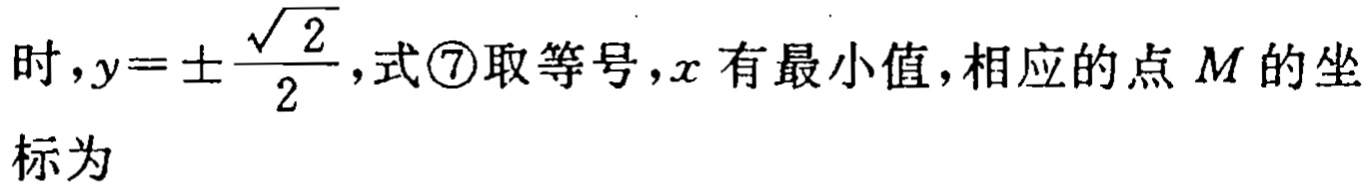
时,$y = \pm\frac{\sqrt{2}}{2}$,式\textcircled{7}取等号,$x$ 有最小值,相应的点 $M$ 的坐标为